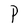
Character: P